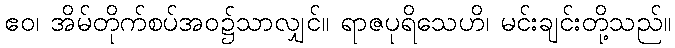
ဧဝ၊ အိမ်တိုက်စပ်အဝ၌သာလျှင်။ ရာဇပုရိသေဟိ၊ မင်းချင်းတို့သည်။